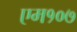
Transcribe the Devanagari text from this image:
एम१०७